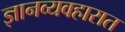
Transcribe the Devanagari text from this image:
ज्ञानव्यवहारात